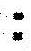
: